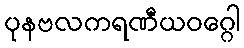
ပုနဗလကရဏီယဝဂ္ဂေါ